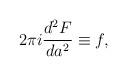
LaTeX: \begin{align*}2\pi i \frac{d^2 F}{da^2} \equiv f,\end{align*}